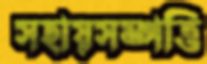
সহায়সম্পত্তি